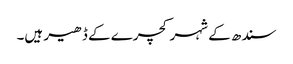
سندھ کے شہر کچرے کے ڈھیر ہیں۔